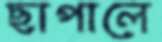
ছাপালে